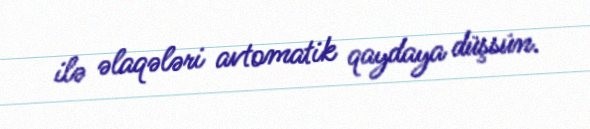
ilə əlaqələri avtomatik qaydaya düşsün.